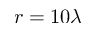
r = 1 0 \lambda